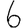
Digit: 6